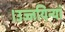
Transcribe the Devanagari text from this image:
।उज्जयिन्यां